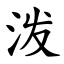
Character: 泼